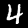
Digit: 4